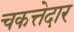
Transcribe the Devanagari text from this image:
चकत्तेदार